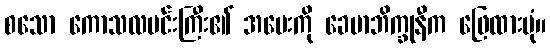
စသော ကောသလမင်းကြီး၏ အမေးကို ခေမာဘိက္ခုနီက ဖြေထားပုံ။